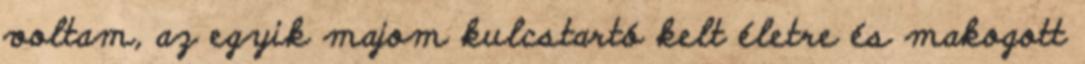
voltam, az egyik majom kulcstartó kelt életre és makogott